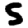
Digit: 5